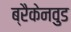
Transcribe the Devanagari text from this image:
ब्रैकेनवुड